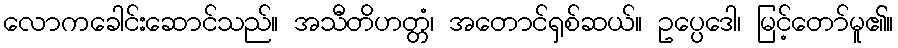
လောကခေါင်းဆောင်သည်။ အသီတိဟတ္တံ၊ အတောင်ရှစ်ဆယ်။ ဥပ္ပေဒေါ၊ မြင့်တော်မူ၏။